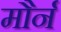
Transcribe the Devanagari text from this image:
मौर्न